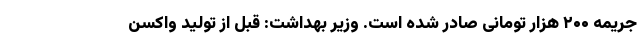
جریمه ۲۰۰ هزار تومانی صادر شده است. وزیر بهداشت: قبل از تولید واکسن